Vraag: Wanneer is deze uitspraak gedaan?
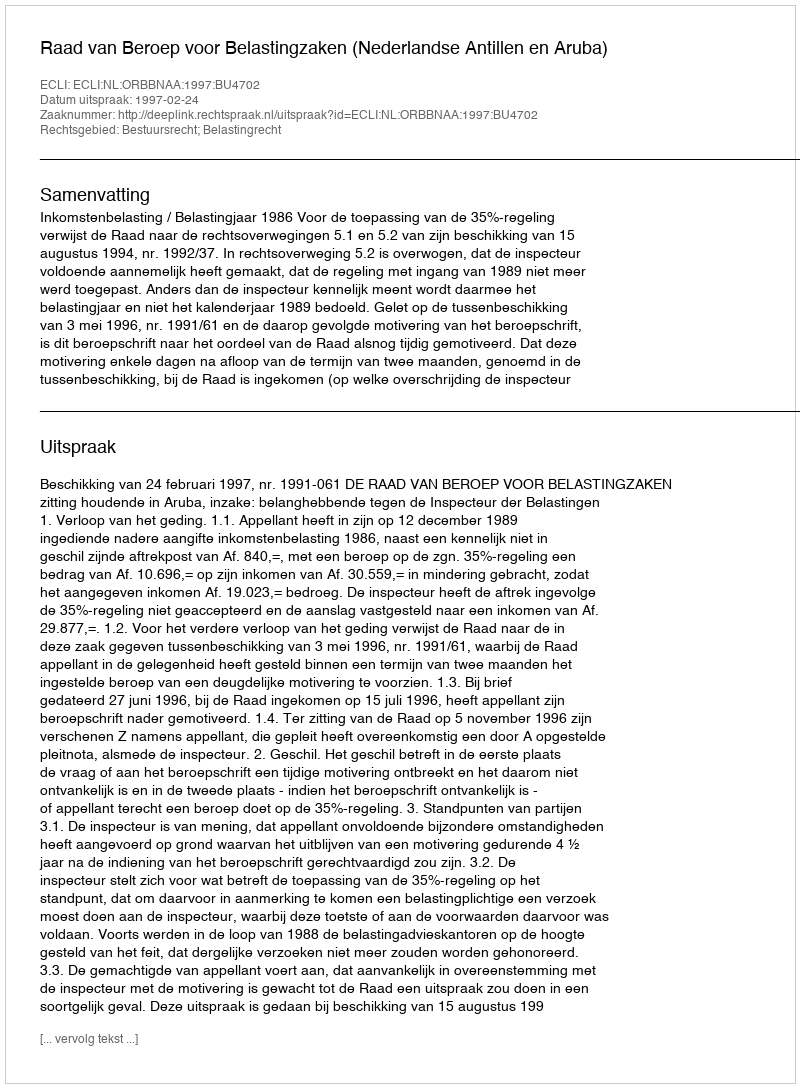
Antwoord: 1997-02-24